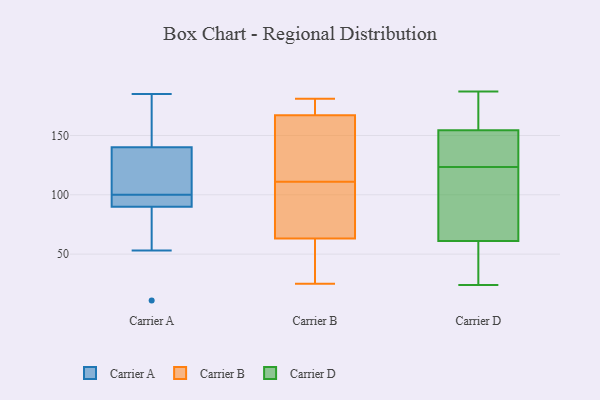
{"axis": {"x": "Energy Usage (MWh)", "y": "Value"}, "legend": ["Carrier A", "Carrier B", "Carrier D"], "data": [{"x": "", "y": 97, "type": "Carrier A"}, {"x": "", "y": 140, "type": "Carrier A"}, {"x": "", "y": 93, "type": "Carrier A"}, {"x": "", "y": 118, "type": "Carrier A"}, {"x": "", "y": 90, "type": "Carrier A"}, {"x": "", "y": 53, "type": "Carrier A"}, {"x": "", "y": 129, "type": "Carrier A"}, {"x": "", "y": 93, "type": "Carrier A"}, {"x": "", "y": 185, "type": "Carrier A"}, {"x": "", "y": 128, "type": "Carrier A"}, {"x": "", "y": 178, "type": "Carrier A"}, {"x": "", "y": 168, "type": "Carrier A"}, {"x": "", "y": 168, "type": "Carrier A"}, {"x": "", "y": 65, "type": "Carrier A"}, {"x": "", "y": 83, "type": "Carrier A"}, {"x": "", "y": 103, "type": "Carrier A"}, {"x": "", "y": 11, "type": "Carrier A"}, {"x": "", "y": 91, "type": "Carrier A"}, {"x": "", "y": 93, "type": "Carrier B"}, {"x": "", "y": 87, "type": "Carrier B"}, {"x": "", "y": 146, "type": "Carrier B"}, {"x": "", "y": 179, "type": "Carrier B"}, {"x": "", "y": 163, "type": "Carrier B"}, {"x": "", "y": 181, "type": "Carrier B"}, {"x": "", "y": 49, "type": "Carrier B"}, {"x": "", "y": 25, "type": "Carrier B"}, {"x": "", "y": 173, "type": "Carrier B"}, {"x": "", "y": 68, "type": "Carrier B"}, {"x": "", "y": 27, "type": "Carrier B"}, {"x": "", "y": 111, "type": "Carrier B"}, {"x": "", "y": 165, "type": "Carrier B"}, {"x": "", "y": 173, "type": "Carrier D"}, {"x": "", "y": 28, "type": "Carrier D"}, {"x": "", "y": 162, "type": "Carrier D"}, {"x": "", "y": 43, "type": "Carrier D"}, {"x": "", "y": 80, "type": "Carrier D"}, {"x": "", "y": 52, "type": "Carrier D"}, {"x": "", "y": 168, "type": "Carrier D"}, {"x": "", "y": 24, "type": "Carrier D"}, {"x": "", "y": 113, "type": "Carrier D"}, {"x": "", "y": 106, "type": "Carrier D"}, {"x": "", "y": 142, "type": "Carrier D"}, {"x": "", "y": 70, "type": "Carrier D"}, {"x": "", "y": 145, "type": "Carrier D"}, {"x": "", "y": 179, "type": "Carrier D"}, {"x": "", "y": 120, "type": "Carrier D"}, {"x": "", "y": 146, "type": "Carrier D"}, {"x": "", "y": 127, "type": "Carrier D"}, {"x": "", "y": 147, "type": "Carrier D"}, {"x": "", "y": 187, "type": "Carrier D"}, {"x": "", "y": 29, "type": "Carrier D"}]}